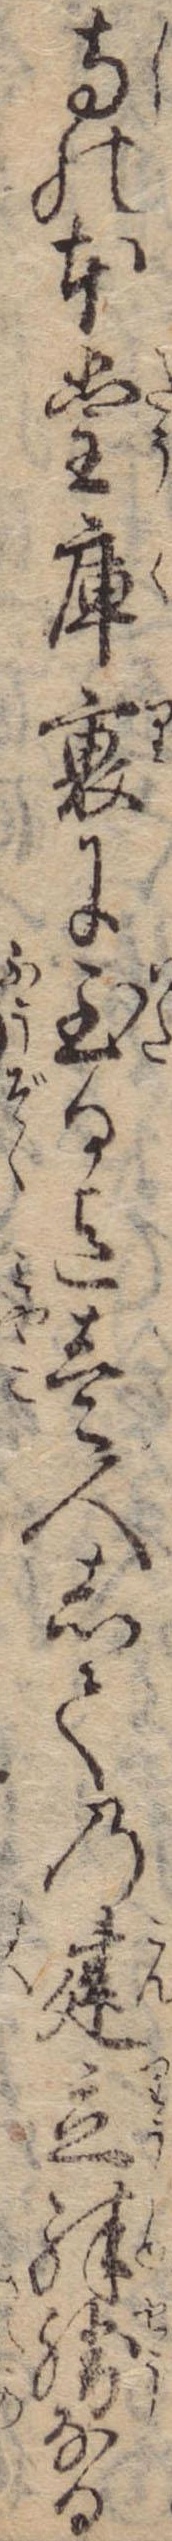
寺の本堂庫裏に至る迄壱人しての建立殊勝なる